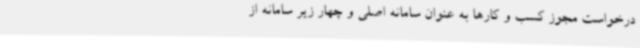
درخواست مجوز کسب و کارها به عنوان سامانه اصلی و چهار زیر سامانه از